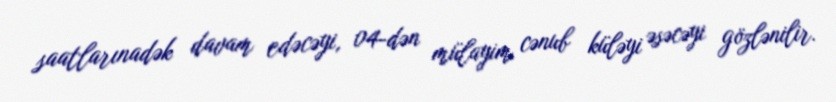
saatlarınadək davam edəcəyi, 04-dən mülayim cənub küləyi əsəcəyi gözlənilir.